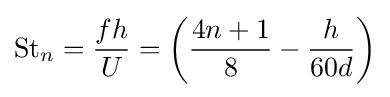
{\text{St}}_{n}={\frac {fh}{U}}=\left({\frac {4n+1}{8}}-{\frac {h}{60d}}\right)